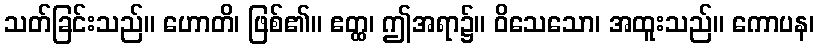
သတ်ခြင်းသည်။ ဟောတိ၊ ဖြစ်၏။ ဧတ္ထ၊ ဤအရာ၌။ ဝိသေသော၊ အထူးသည်။ ကောပန၊